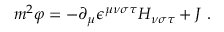
m ^ { 2 } \varphi = - \partial _ { \mu } \epsilon ^ { \mu \nu \sigma \tau } H _ { \nu \sigma \tau } + J \ .